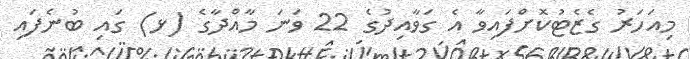
މިއަހަރު ގެޒެޓުކޮށްފައިވާ އެ ގަވާއިދުގެ 22 ވަނަ މާއްދާގެ (ޅ) ގައި ބުނެފައި